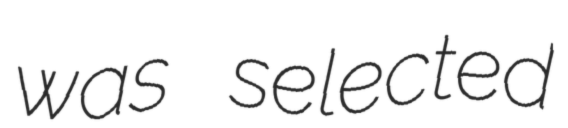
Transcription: was selected